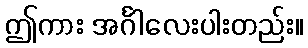
ဤကား အင်္ဂါလေးပါးတည်း။